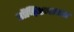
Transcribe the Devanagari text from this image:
प्रॉव्हिडन्सच्या